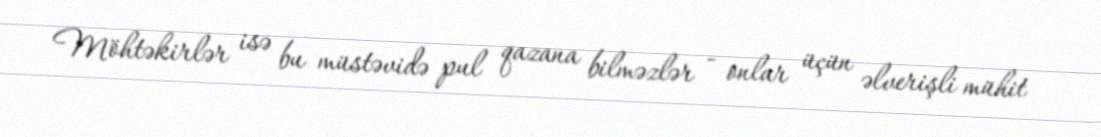
Möhtəkirlər isə bu müstəvidə pul qazana bilməzlər - onlar üçün əlverişli mühit